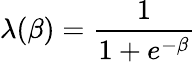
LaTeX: \lambda(\beta)=\frac{1}{1+e^{-\beta}}